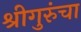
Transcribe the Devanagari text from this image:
श्रीगुरुंचा